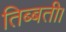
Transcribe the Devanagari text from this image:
तिब्बती।